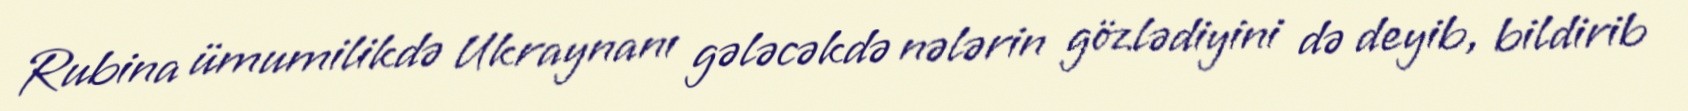
Rubina ümumilikdə Ukraynanı gələcəkdə nələrin gözlədiyini də deyib, bildirib